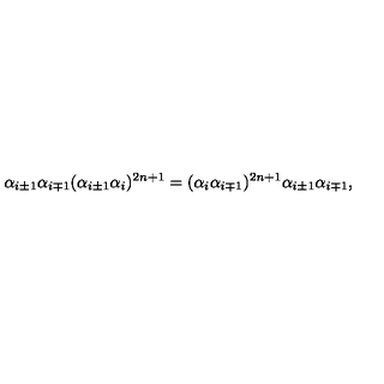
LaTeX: \alpha _ { i \pm 1 } \alpha _ { i \mp 1 } ( \alpha _ { i \pm 1 } \alpha _ { i } ) ^ { 2 n + 1 } = ( \alpha _ { i } \alpha _ { i \mp 1 } ) ^ { 2 n + 1 } \alpha _ { i \pm 1 } \alpha _ { i \mp 1 } ,